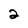
Character: 2